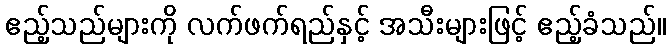
ဧည့်သည်များကို လက်ဖက်ရည်နှင့် အသီးများဖြင့် ဧည့်ခံသည်။